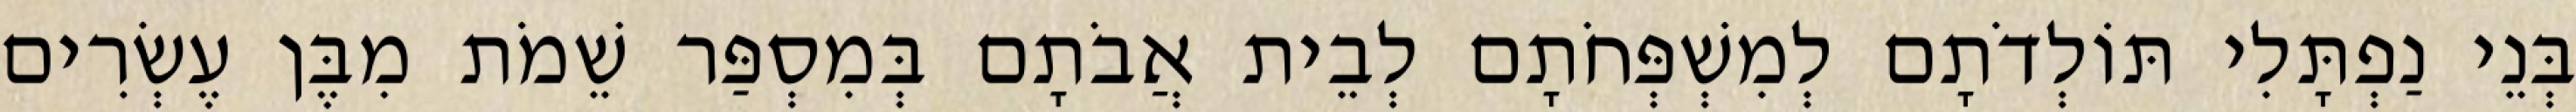
בְּנֵי נַפְתָּלִי תּוֹלְדֹתָם לְמִשְׁפְּחֹתָם לְבֵית אֲבֹתָם בְּמִסְפַּר שֵׁמֹת מִבֶּן עֶשְׂרִים